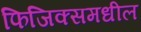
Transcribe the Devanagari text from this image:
फिजिक्समधील